Document type: Testament
Year: 1300
Scribe: Bonanat d'Esparreguera
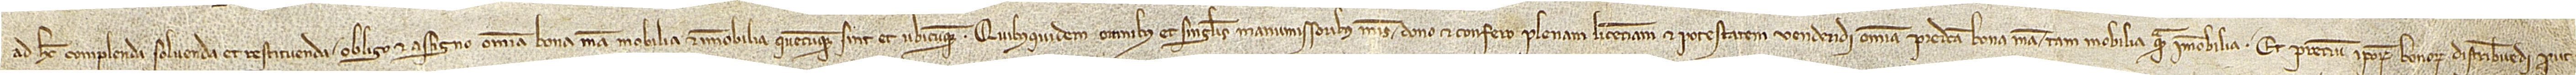
ad hec complenda, solvenda et restituenda obligo et assigno omnia bona mea, mobilia et immobilia, quecumque sint et ubicumque. Quibusquidem omnibus et singulis manumissoribus meis dono et confero plenam licenciam et potestatem vendendi omnia predicta bona mea, tam mobilia quam immobilia, et precium ipsorum bonorum distribuendi prout